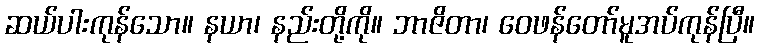
ဆယ်ပါးကုန်သော။ နယာ၊ နည်းတို့ကို။ ဘာဇိတာ၊ ဝေဖန်တော်မူအပ်ကုန်ပြီ။